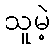
သူမဲ့